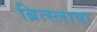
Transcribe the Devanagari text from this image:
ब्रित्स्लावा